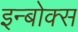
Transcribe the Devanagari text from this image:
इन्बोक्स